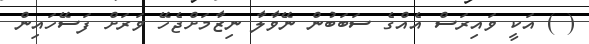
( ) އަކީ ވައިރަސް އެއްގެ ސަބަބުން ނޭވާލާ ނިޒާމަށްޖެހޭ ވަރަށް ފަސޭހައިން